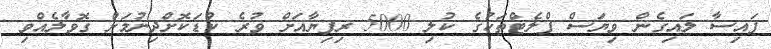
ފައިސާ ލައިގެން ވިޔަސް ފްލެޓްތަކުގެ ކުލި 5000 ރިފިޔާއަށް ވުރެ ކުޑަކޮށްދިނުމަށް ގޮވާލެއްވި